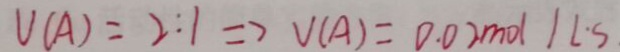
V ( A ) = 2 : 1 \Rightarrow V ( A ) = 0 . 0 2 m o l / l \cdot S